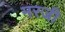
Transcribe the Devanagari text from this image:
मरजी